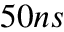
5 0 n s